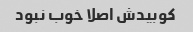
کوبیدش اصلا خوب نبود